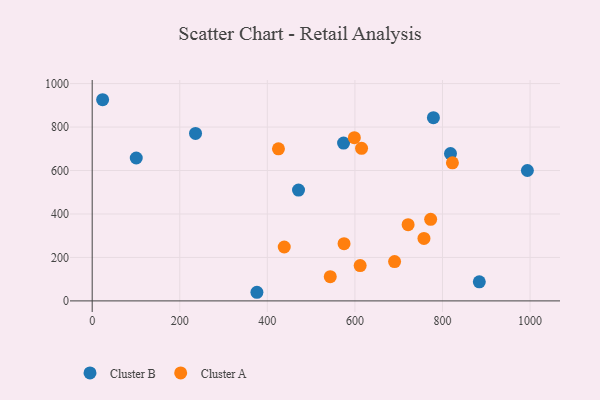
{"axis": {"x": "Price", "y": "Demand"}, "legend": ["Cluster A", "Cluster B"], "data": [{"x": "100.6", "y": 657.7, "type": "Cluster B"}, {"x": "376.2", "y": 39.7, "type": "Cluster B"}, {"x": "779.3", "y": 843.4, "type": "Cluster B"}, {"x": "884.1", "y": 87.7, "type": "Cluster B"}, {"x": "471.2", "y": 510.0, "type": "Cluster B"}, {"x": "574.1", "y": 726.1, "type": "Cluster B"}, {"x": "23.8", "y": 925.8, "type": "Cluster B"}, {"x": "993.9", "y": 600.0, "type": "Cluster B"}, {"x": "236.0", "y": 770.5, "type": "Cluster B"}, {"x": "818.3", "y": 678.1, "type": "Cluster B"}, {"x": "615.2", "y": 702.1, "type": "Cluster A"}, {"x": "598.7", "y": 751.1, "type": "Cluster A"}, {"x": "575.2", "y": 263.4, "type": "Cluster A"}, {"x": "543.7", "y": 111.5, "type": "Cluster A"}, {"x": "438.6", "y": 248.0, "type": "Cluster A"}, {"x": "822.7", "y": 635.6, "type": "Cluster A"}, {"x": "721.5", "y": 350.9, "type": "Cluster A"}, {"x": "773.0", "y": 375.4, "type": "Cluster A"}, {"x": "690.6", "y": 181.2, "type": "Cluster A"}, {"x": "757.7", "y": 287.4, "type": "Cluster A"}, {"x": "425.4", "y": 700.0, "type": "Cluster A"}, {"x": "612.0", "y": 162.8, "type": "Cluster A"}]}